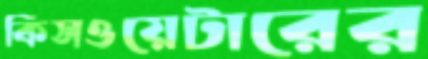
কিসওয়েটারের